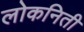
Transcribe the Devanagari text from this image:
लोकनिती